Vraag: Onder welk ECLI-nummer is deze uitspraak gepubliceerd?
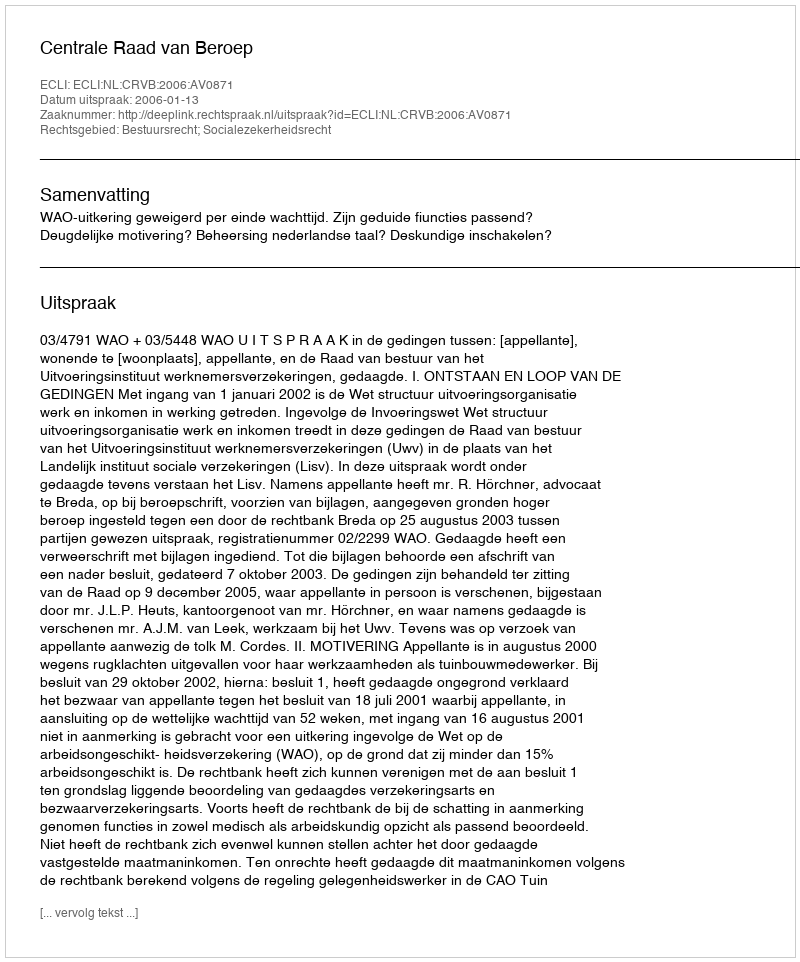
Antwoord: ECLI:NL:CRVB:2006:AV0871